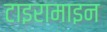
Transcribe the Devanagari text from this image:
टाइरामाइन